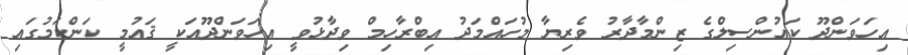
އިހަވަންދޫ ކައުންސިލްގެ ޒިންމާދާރު ވެރިޔާ މުހައްމަދު އިބްރާހިމް ވިދާޅުވީ އިހަވަންދޫއަކީ ޤައުމީ ކަންކަމުގައި